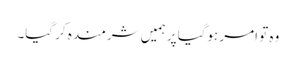
وہ تو امر ہوگیا پر ہمیں شرمندہ کر گیا۔